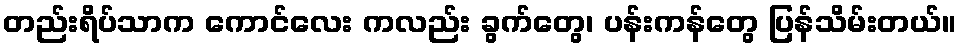
တည်းရိပ်သာက ကောင်လေး ကလည်း ခွက်တွေ၊ ပန်းကန်တွေ ပြန်သိမ်းတယ်။